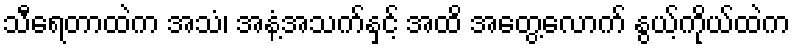
သီရေတာထဲက အသံ၊ အနံ့အသက်နှင့် အထိ အတွေ့လောက် နွယ့်ကိုယ်ထဲက